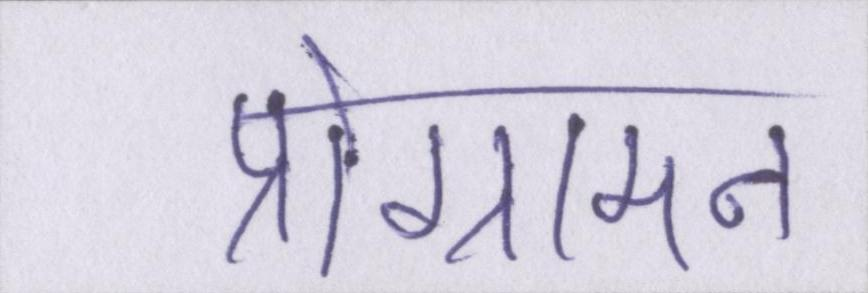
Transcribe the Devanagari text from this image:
प्रोग्रामन